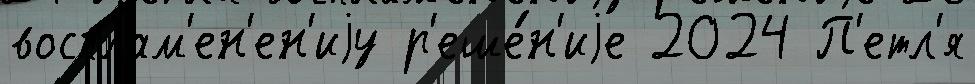
восплам'ен'ен'иjу р'еше́н'иjе 2024 П'етл'я